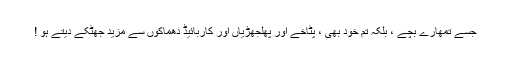
جسے تمھارے بچے ، بلکہ تم خود بھی ، پٹاخے اور پھلجھڑیاں اور کاربائیڈ دھماکوں سے مزید جھٹکے دیتے ہو !